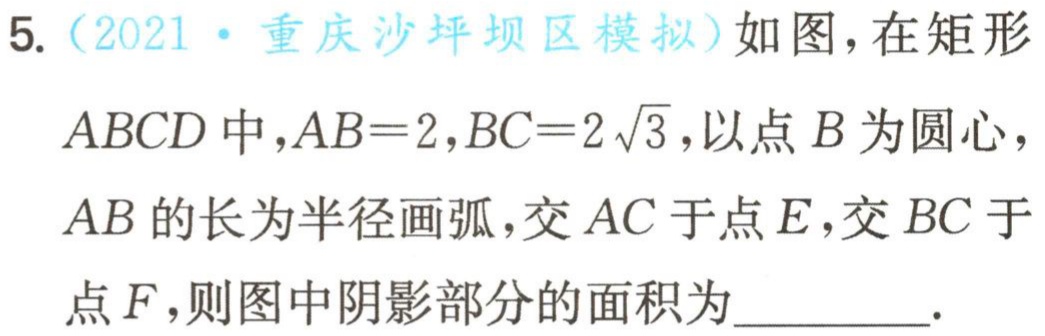
5.（2021·重庆沙坪坝区模拟）如图，在矩形

$ABCD$中，$AB = 2$，$BC = 2\sqrt{3}$，以点$B$为圆心，

$AB$的长为半径画弧，交$AC$于点$E$，交$BC$于

点$F$，则图中阴影部分的面积为_________.